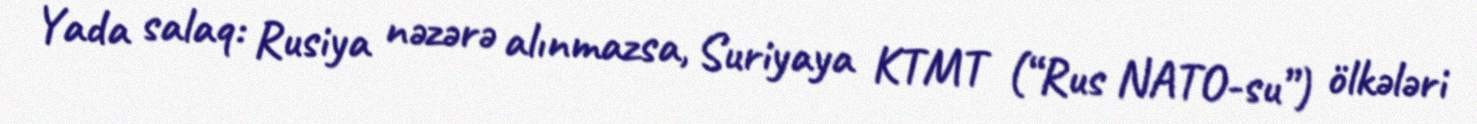
Yada salaq: Rusiya nəzərə alınmazsa, Suriyaya KTMT (“Rus NATO-su”) ölkələri